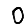
Digit: 0